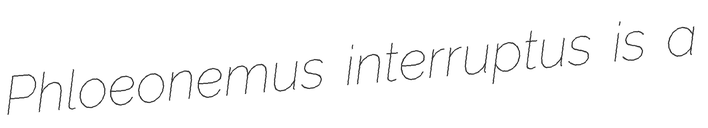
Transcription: Phloeonemus interruptus is a